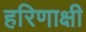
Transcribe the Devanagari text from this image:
हरिणाक्षी